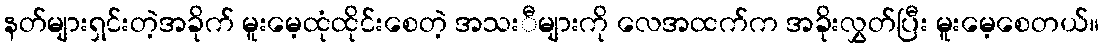
နတ်များရှင်းတဲ့အခိုက် မူးမေ့ထုံထိုင်းစေတဲ့ အသးီများကို လေအထက်က အခိုးလွှတ်ပြီး မူးမေ့စေတယ်။